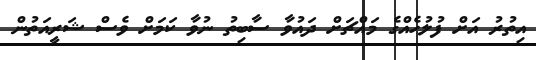
އިތުރު އަށް ފުލުހެއްގެ މައްޗަަށް ދައުވާ ސާބިތު ނުވާ ކަމަށް ވެސް ޝަރީއަތުން